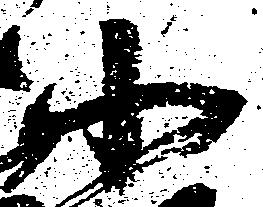
小